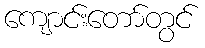
ကျောင်းတော်တွင်